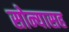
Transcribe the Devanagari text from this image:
सोन्यासह